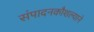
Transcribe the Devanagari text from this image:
संपादनकौशल्याने